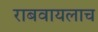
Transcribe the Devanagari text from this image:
राबवायलाच